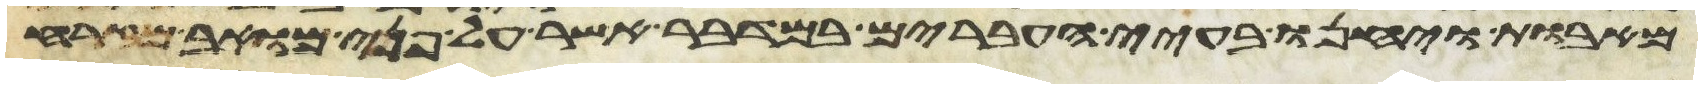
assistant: מאבות ויחנו בעיי העברים במדבר אשר על פני מואב מזרח